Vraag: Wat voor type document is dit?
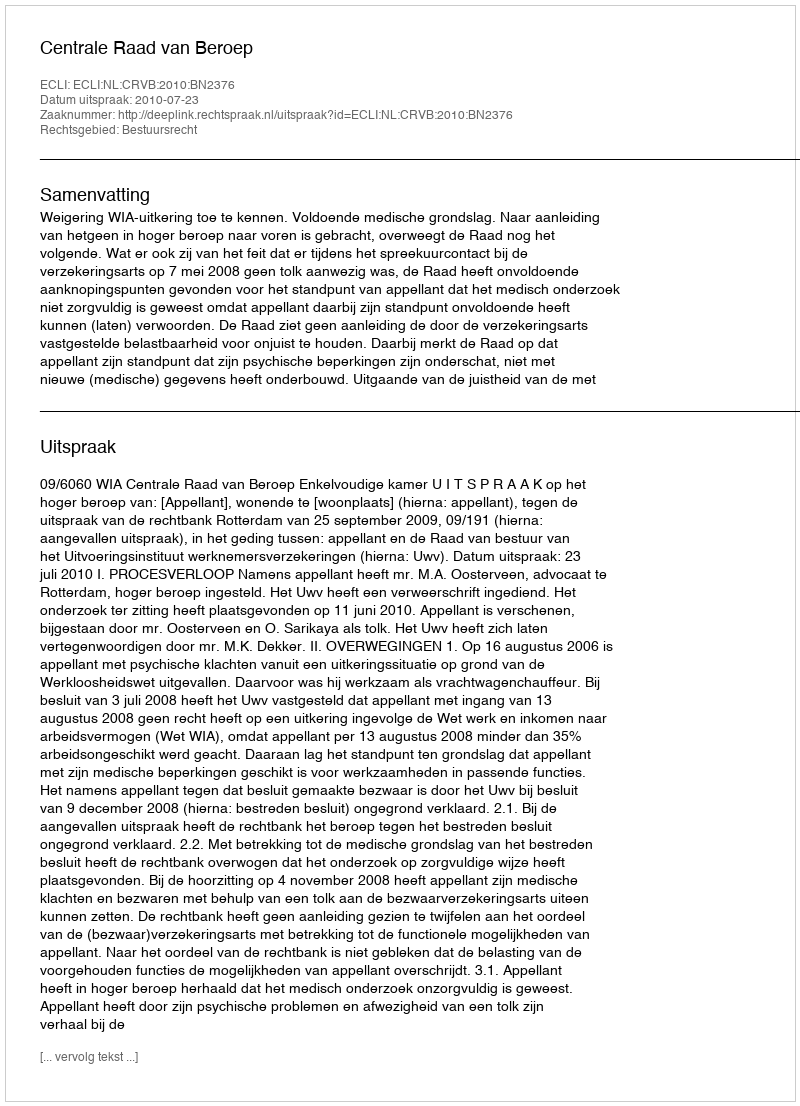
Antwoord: Uitspraak